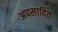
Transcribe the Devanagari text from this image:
अपसादित